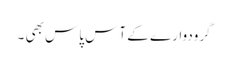
گرودوار ے کے آس پاس بھی ۔